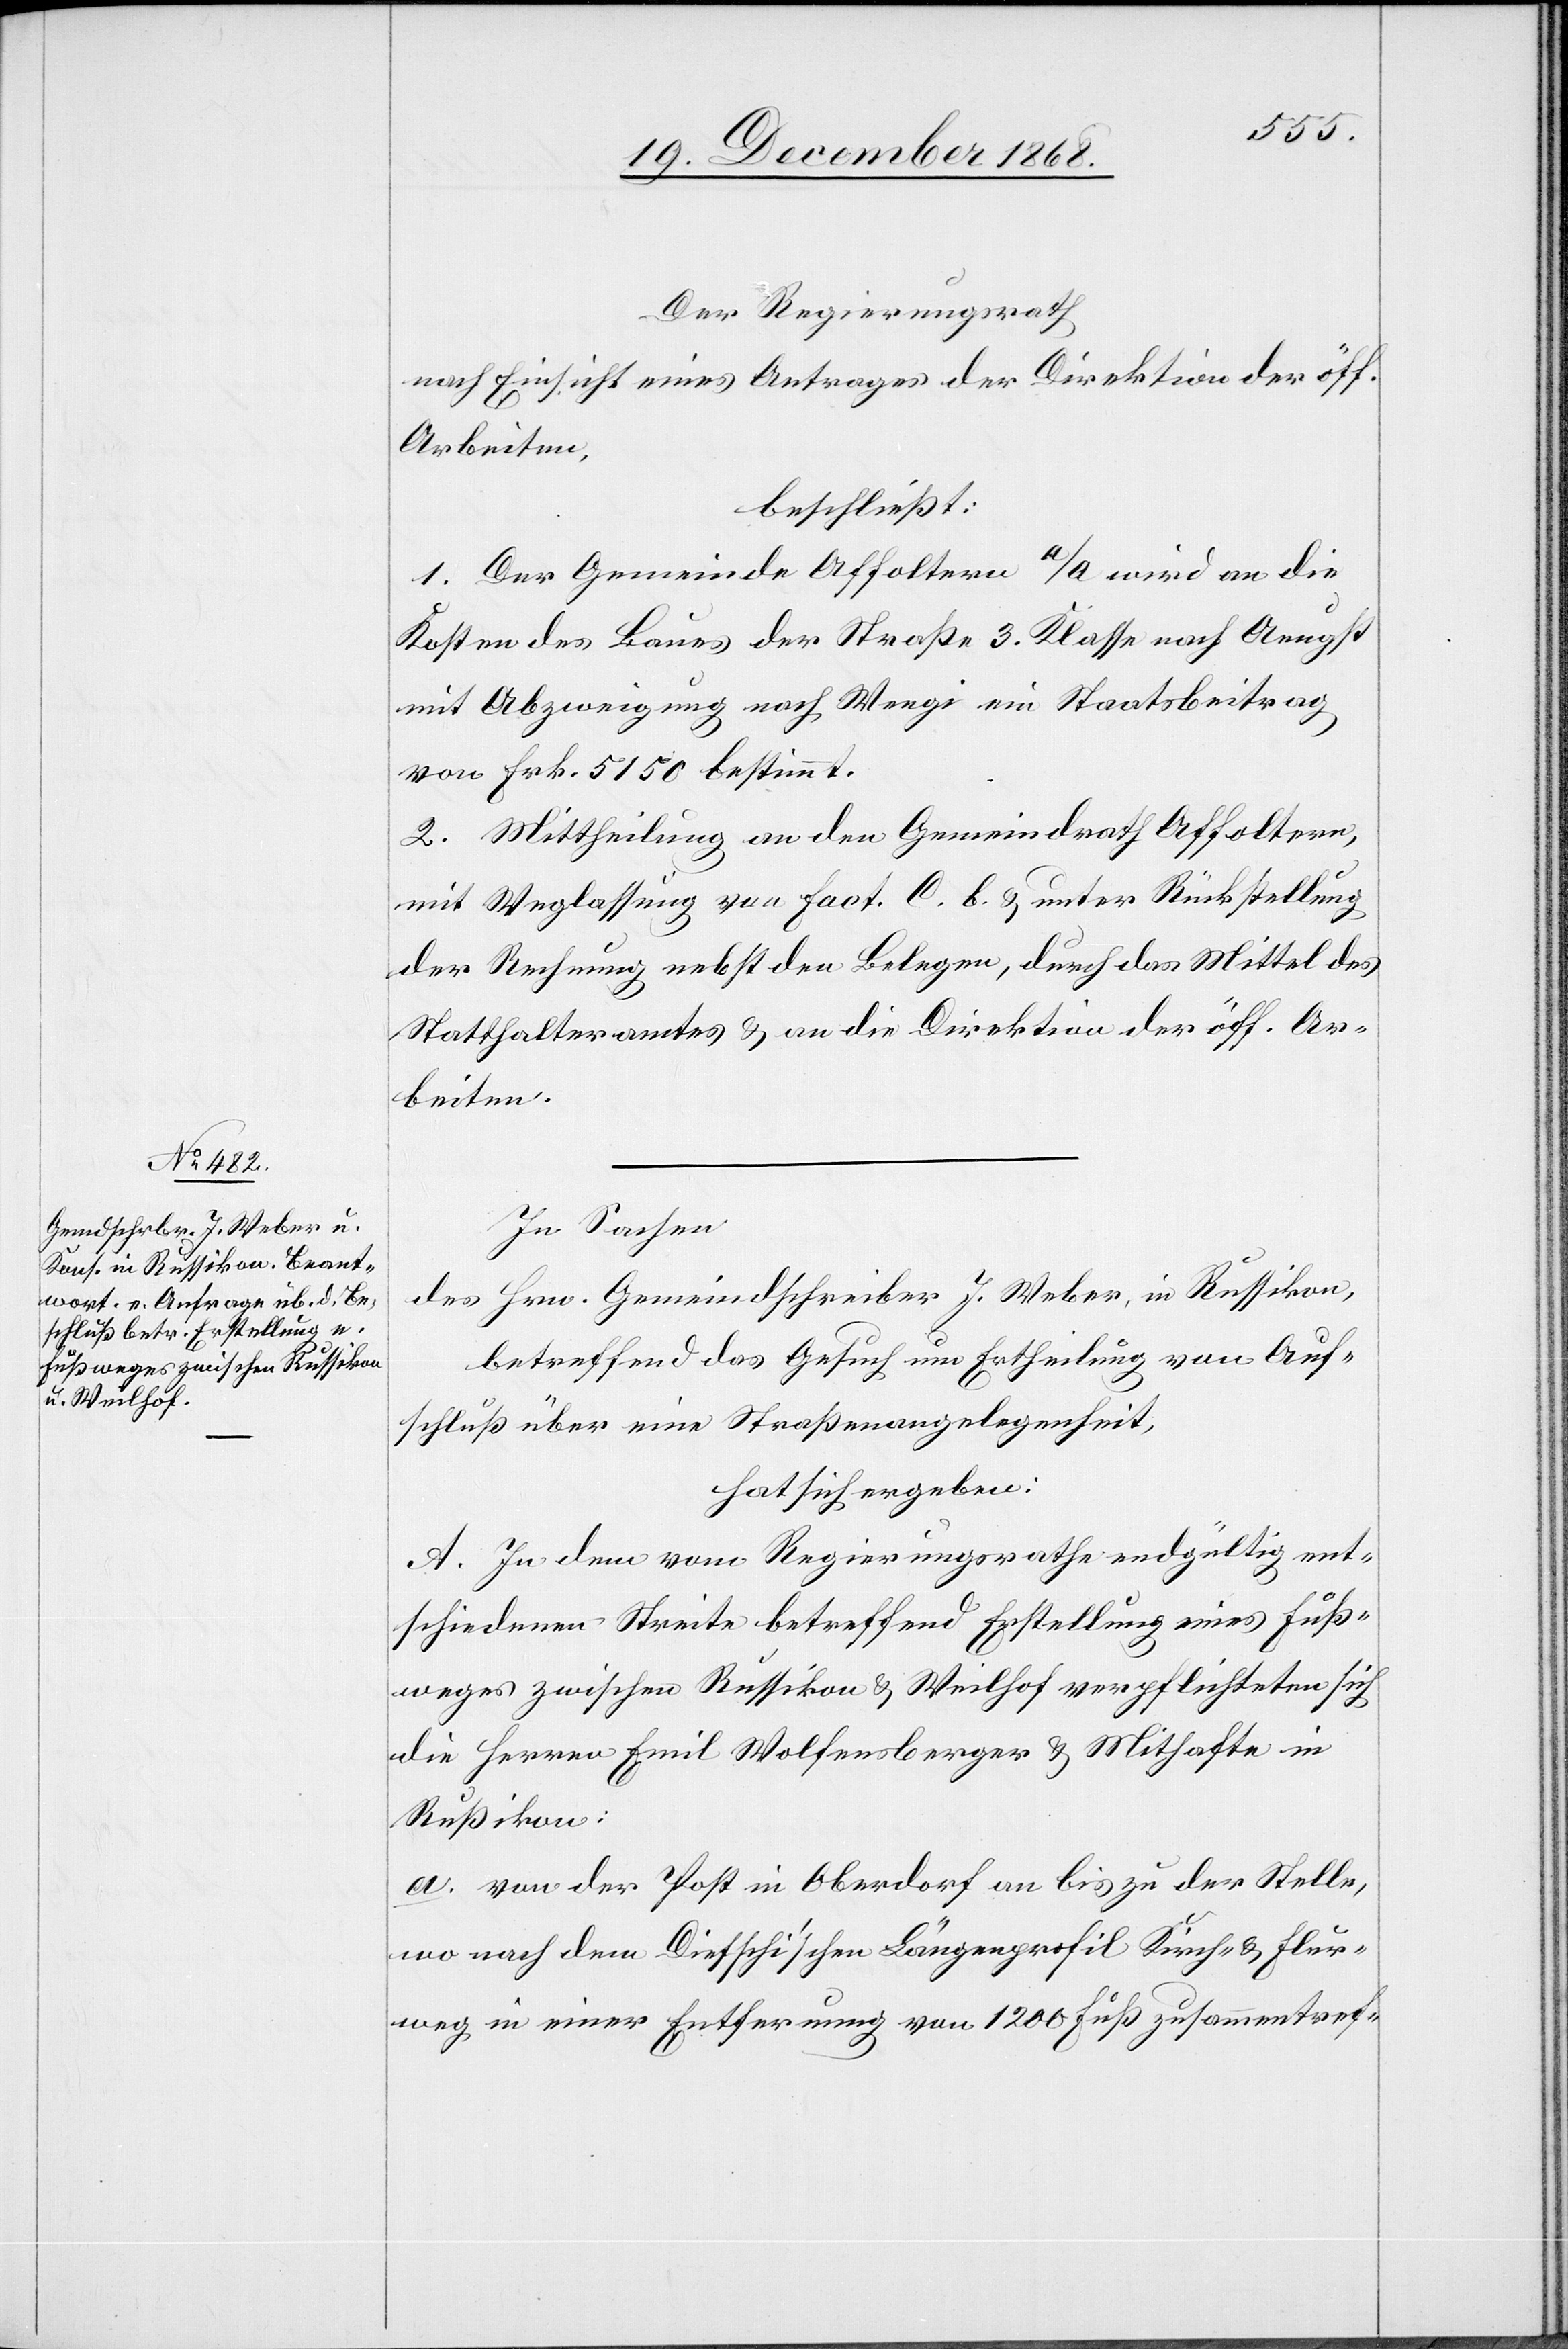
Der Regierungsrath
nach Einsicht eines Antrages der Direktion der öff.
Arbeiten,
beschließt:
1. Der Gemeinde Affoltern a/A wird an die
Kosten des Baues der Straße 3. Klasse nach Aeugst
mit Abzweigung nach Wengi ein Staatsbeitrag
von Frk. 5150 bestimmt.
2. Mittheilung an den Gemeindrath Affoltern,
mit Weglassung von Fact. C. b. & unter Rückstellung
der Rechnung nebst den Belegen, durch das Mittel des
Statthalteramtes & an die Direktion der öff. Ar¬
beiten.
In Sachen
des Hrn. Gemeindschreiber J. Weber, in Russikon,
betreffend das Gesuch um Ertheilung von Auf¬
schluß über eine Straßenangelegenheit,
hat sich ergeben:
A. In dem vom Regierungsrathe endgültig ent¬
schiedenen Streite betreffend Erstellung eines Fuß¬
weges zwischen Russikon & Weilhof verpflichteten sich
die Herren Emil Wolfensberger & Mithafte in
Rußikon:
a. von der Post in Oberdorf an bis zu der Stelle,
wo nach dem Dietschi’schen Längenprofil Kirch- & Flur¬
weg in einer Entfernung von 1200 Fuß zusammentref-